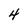
Character: 4